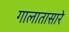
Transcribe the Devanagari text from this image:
गालातासारे